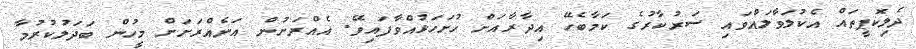
ދެލިކޮޕީތައް އެކުލަވާލައްވައި ސަރުކާރުގެ ކަމާބެހޭ އިދާރާއަށް ހުށަހަޅުއްވާފައިވޭ. އެއްރަށުން އަނެއްރަށަށް މީހުން ބަދަލުކުރުމާ